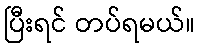
ပြီးရင် တပ်ရမယ်။